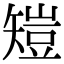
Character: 𥏸